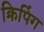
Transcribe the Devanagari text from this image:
क्रिपिंग